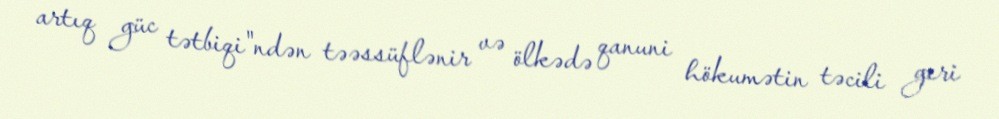
artıq güc tətbiqi"ndən təəssüflənir və ölkədə qanuni hökumətin təcili geri